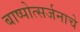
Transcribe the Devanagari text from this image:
बाष्पोत्सर्जनाचे